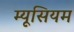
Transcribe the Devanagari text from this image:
म्यूसियम